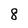
Character: 8